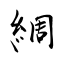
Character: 綢